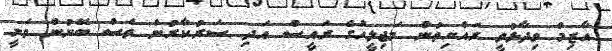
އާޒިމް ވިދާޅުވީ ރައްޔިތުން މަޖިލީހުގެ ރައީސް އަދި ސަރުކާރުން ވެސް ބޭނުން ވަނީ